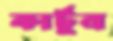
কার্টুন